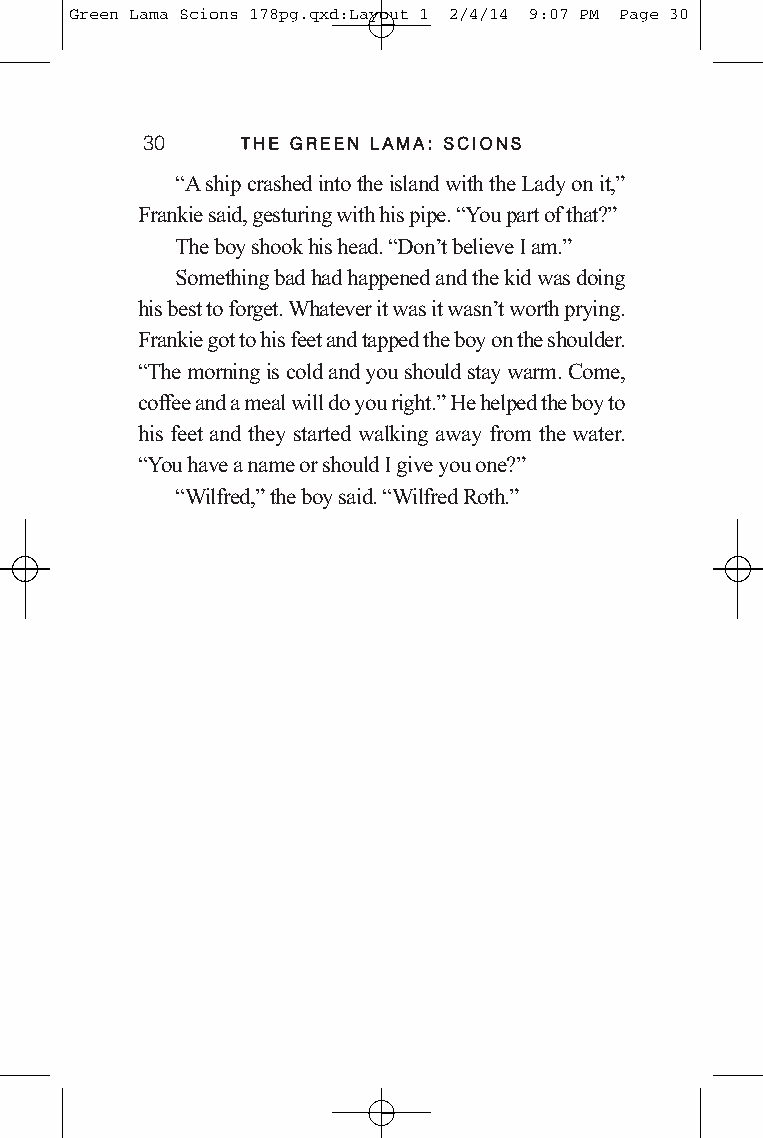
Green Lama Scions 178pg.qxd:Layout 1 2/4/14 9:07 PM Page 30
 30     TTHHEE GGRREEEENN LLAAMMAA:: SSCCIIOONNSS
 “A ship crashed into the island with the Lady on it,”
 Frankie said, gesturing with his pipe. “You part of that?”
 The boy shook his head. “Don’t believe I am.”
 Something bad had happened and the kid was doing
 his best to forget. Whatever it was it wasn’t worth prying.
 Frankie got to his feet and tapped the boy on the shoulder.
 “The morning is cold and you should stay warm. Come,
 coffee and a meal will do you right.”He helped the boy to
 his feet and they started walking away from the water.
 “You have a name or should I give you one?”
 “Wilfred,”the boy said. “Wilfred Roth.”